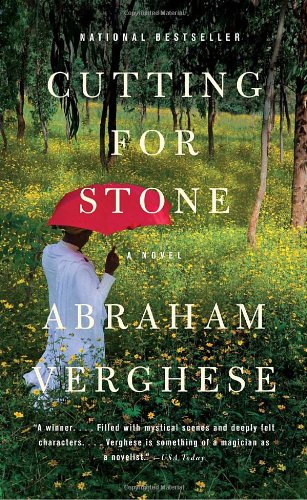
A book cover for Cutting for Stone; Abraham Verghese; Literature & Fiction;